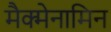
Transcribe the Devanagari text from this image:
मैक्मेनामिन